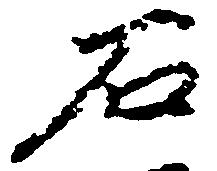
石